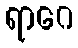
ရာဂေ